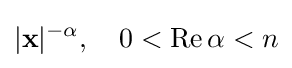
|\mathbf {x} |^{-\alpha },\quad 0<\operatorname {Re} \alpha <n